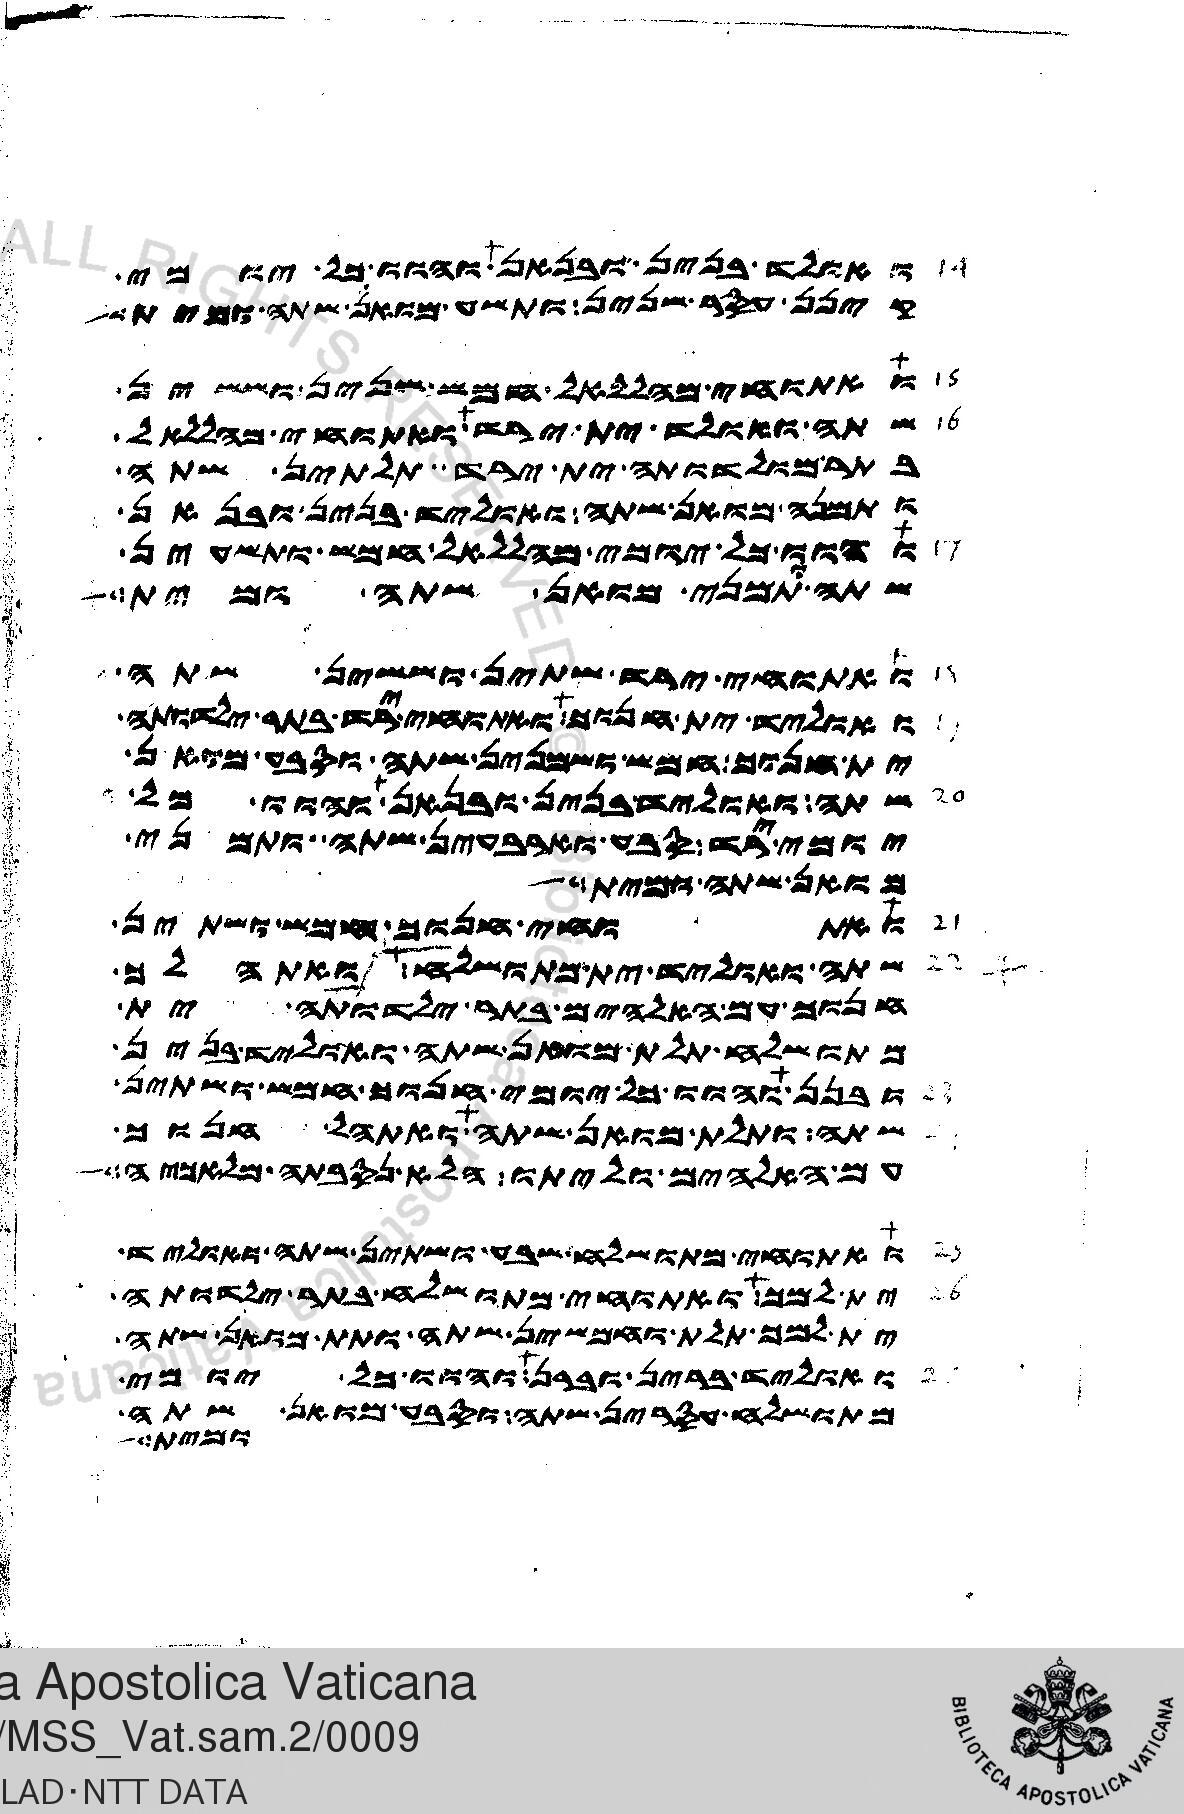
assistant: ואולד בנין ובנאת והוו כל יומי
קינן עסר שנין ותשע מואן שתה ומית
ואתוחי מהללאל חמש שנין וששין
שתה ואולד ית ירד ואתוחי מהללאל
בתר מולדותה ית ירד תלתין שתה
ותמנה מואן שתה ואוליד בנין ובנאן
והוו כל יומי מהללאל חמש ותשעין
שתה ותמני מואן שתה ומית
ואתוחי ירד שתין וששין שתה
ואוליד ית חנוך ואתוחי ירד בתר ילדותה
ית חנוך חמש ושמנין שתה וסבע מואן
שתה ואוליד בנין ובנאן והוו כל
יומי ירד סבע וארבעין שתה ותמני
מואן שתה ומית
ואתוחי חנוך חמש ושתין
שתה ואוליד ית מתושלח ואתהלך
חנוך עם האלהים בתר ילדותה ית
מתושלח תלת מואן שתה ואוליד בנין
ובנן והוו כל יומי חנוך חמש ושתין
שתה ותלת מואן שתה ואתהלך חנוך
עם האלהים וליתו הלא נסבתה מלאכיה
ואתוחי מתושלח שבע ושתין שתה ואוליד
ית למך ואתוחי מתושלח בתר ילדותה
ית למך תלת וחמשין שתה ותת מואן שתה
ואוליד ברין וברן והוו כל יומי
מתושלח עסרין שתה וסבע מואן שתה
ומית